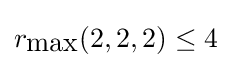
r_{\mbox{max}}(2,2,2)\leq 4